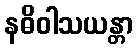
နဓိဝါသယန္တာ